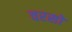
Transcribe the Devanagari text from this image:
वरसो